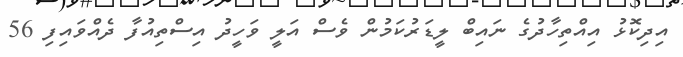
އިދިކޮޅު އިއްތިހާދުގެ ނައިބް ލީޑަރުކަމުން ވެސް އަލީ ވަހީދު އިސްތިއުފާ ދެއްވައިފި 56